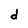
Character: d